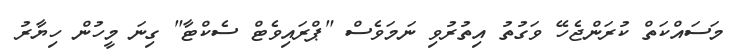
މަސައްކަތް ކުރަންޖެހޭ ވަގުތު އިތުރުވި ނަމަވެސް "ޕްރައިވެޓް ސެކްޓާ" ގިނަ މީހުން ހިޔާރު